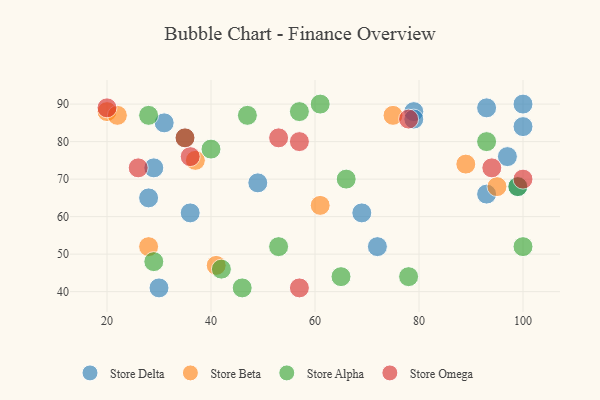
{"axis": {"x": "GDP", "y": "Life Expectancy"}, "legend": ["Store Alpha", "Store Beta", "Store Delta", "Store Omega"], "data": [{"x": "93", "y": 89, "type": "Store Delta"}, {"x": "30", "y": 41, "type": "Store Delta"}, {"x": "36", "y": 61, "type": "Store Delta"}, {"x": "100", "y": 84, "type": "Store Delta"}, {"x": "100", "y": 90, "type": "Store Delta"}, {"x": "79", "y": 88, "type": "Store Delta"}, {"x": "69", "y": 61, "type": "Store Delta"}, {"x": "97", "y": 76, "type": "Store Delta"}, {"x": "72", "y": 52, "type": "Store Delta"}, {"x": "29", "y": 73, "type": "Store Delta"}, {"x": "49", "y": 69, "type": "Store Delta"}, {"x": "99", "y": 68, "type": "Store Delta"}, {"x": "28", "y": 65, "type": "Store Delta"}, {"x": "31", "y": 85, "type": "Store Delta"}, {"x": "93", "y": 66, "type": "Store Delta"}, {"x": "79", "y": 86, "type": "Store Delta"}, {"x": "75", "y": 87, "type": "Store Beta"}, {"x": "41", "y": 47, "type": "Store Beta"}, {"x": "61", "y": 63, "type": "Store Beta"}, {"x": "20", "y": 88, "type": "Store Beta"}, {"x": "28", "y": 52, "type": "Store Beta"}, {"x": "22", "y": 87, "type": "Store Beta"}, {"x": "37", "y": 75, "type": "Store Beta"}, {"x": "89", "y": 74, "type": "Store Beta"}, {"x": "95", "y": 68, "type": "Store Beta"}, {"x": "93", "y": 80, "type": "Store Alpha"}, {"x": "28", "y": 87, "type": "Store Alpha"}, {"x": "57", "y": 88, "type": "Store Alpha"}, {"x": "40", "y": 78, "type": "Store Alpha"}, {"x": "65", "y": 44, "type": "Store Alpha"}, {"x": "100", "y": 52, "type": "Store Alpha"}, {"x": "42", "y": 46, "type": "Store Alpha"}, {"x": "99", "y": 68, "type": "Store Alpha"}, {"x": "46", "y": 41, "type": "Store Alpha"}, {"x": "78", "y": 44, "type": "Store Alpha"}, {"x": "53", "y": 52, "type": "Store Alpha"}, {"x": "47", "y": 87, "type": "Store Alpha"}, {"x": "29", "y": 48, "type": "Store Alpha"}, {"x": "61", "y": 90, "type": "Store Alpha"}, {"x": "66", "y": 70, "type": "Store Alpha"}, {"x": "35", "y": 81, "type": "Store Alpha"}, {"x": "57", "y": 41, "type": "Store Omega"}, {"x": "53", "y": 81, "type": "Store Omega"}, {"x": "36", "y": 76, "type": "Store Omega"}, {"x": "35", "y": 81, "type": "Store Omega"}, {"x": "78", "y": 86, "type": "Store Omega"}, {"x": "100", "y": 70, "type": "Store Omega"}, {"x": "26", "y": 73, "type": "Store Omega"}, {"x": "57", "y": 80, "type": "Store Omega"}, {"x": "94", "y": 73, "type": "Store Omega"}, {"x": "20", "y": 89, "type": "Store Omega"}]}